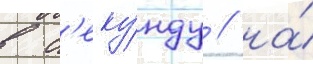
в с'еку́нду / на́